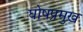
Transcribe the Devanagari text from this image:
घोषप्रमुख